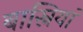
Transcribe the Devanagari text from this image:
बास्नियां